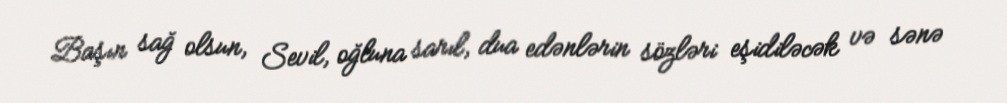
Başın sağ olsun, Sevil, oğluna sarıl, dua edənlərin sözləri eşidiləcək və sənə